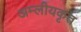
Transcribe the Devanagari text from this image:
अम्लीयकृत